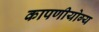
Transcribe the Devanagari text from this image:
कापणीयोग्य